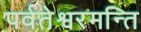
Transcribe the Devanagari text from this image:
पर्वतेश्वरमन्ति